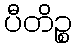
ပီတိဉ္စ